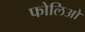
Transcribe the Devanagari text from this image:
फोलिओ